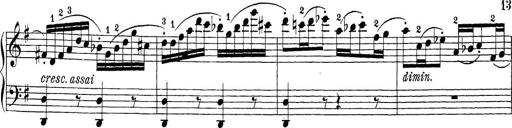
Title: Sonatina Album
Composer: Louis KÃ¶hler